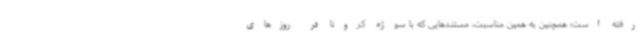
رفته است؛ همچنین به همین مناسبت، مستندهایی که با سوژه کرونا در روزهای